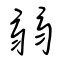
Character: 弱